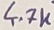
Text: 4.7K